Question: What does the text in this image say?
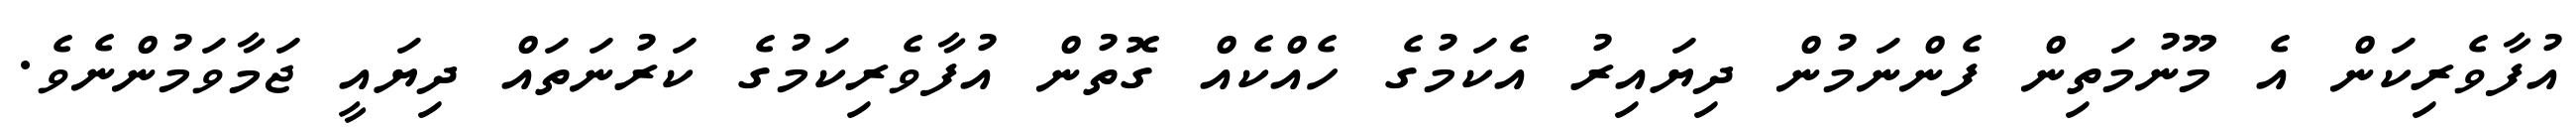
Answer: އުފާވެރިކަން އެ މޫނުމަތިން ފެންނަމުން ދިޔައިރު އެކަމުގެ ހެއްކެއް ގޮތުން އުފާވެރިކަމުގެ ކަރުނަތައް ދިޔައީ ޖަމާވަމުންނެވެ.